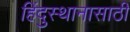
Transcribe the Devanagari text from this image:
हिंदुस्थानासाठी